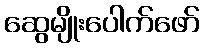
ဆွေမျိုးပေါက်ဖော်